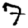
Digit: 7